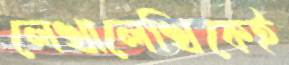
লেখালেখিকেই